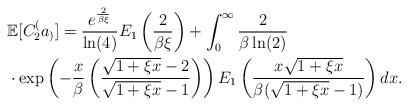
LaTeX: \begin{align*}&\mathbb{E}[ C_2^(a_) ] = \frac{e^{\frac{2}{\beta\xi}}}{\ln(4)} E_1\left(\frac{2}{\beta\xi}\right) + \int_0^\infty \frac{2}{\beta\ln(2)} \\ &\cdot \exp\left(-\frac{x}{\beta}\left(\frac{\sqrt{1+\xi x} -2}{\sqrt{1+\xi x} -1}\right)\right) E_1\left( \frac{x\sqrt{1+\xi x}}{\beta(\sqrt{1+\xi x} - 1)} \right)dx.\end{align*}